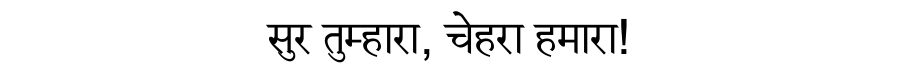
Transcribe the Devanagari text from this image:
सुर तुम्हारा, चेहरा हमारा!